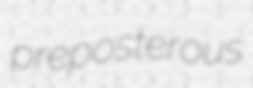
preposterous